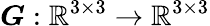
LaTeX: \boldsymbol{G}:\mathbb{R}^{3\times 3}\rightarrow\mathbb{R}^{3\times 3}